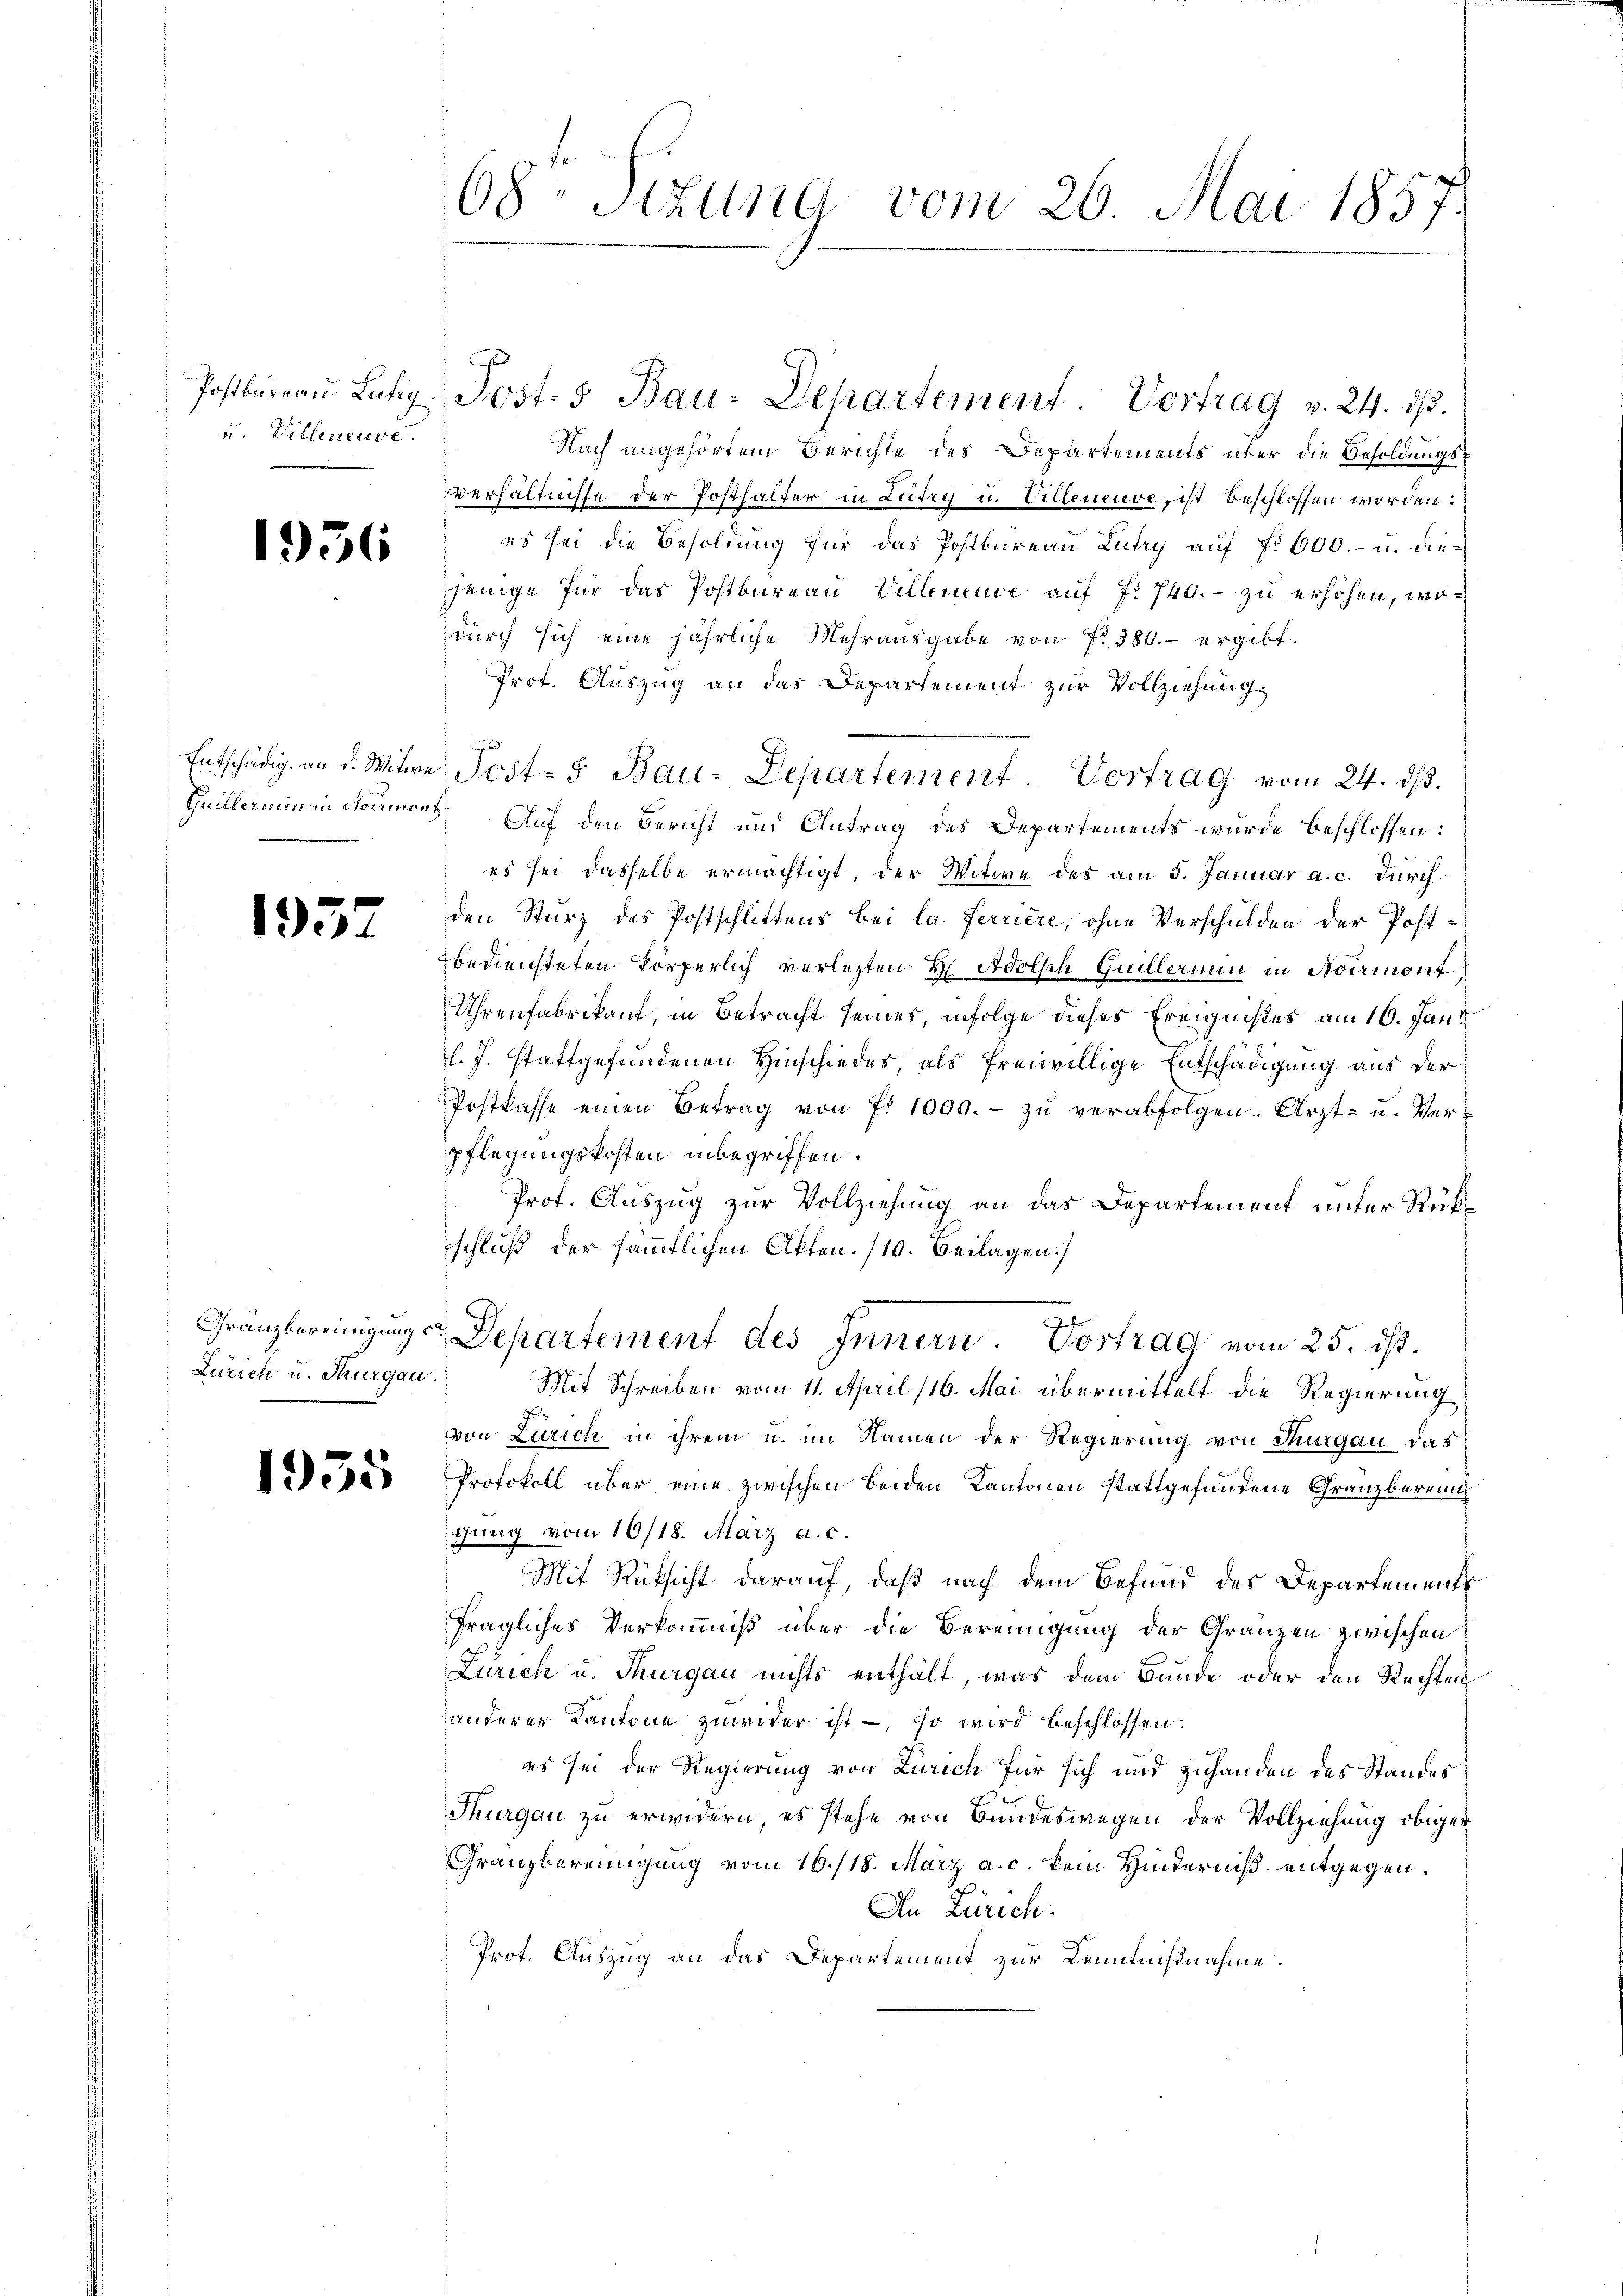
Postbureau Lütig.
u. Villeneuve

1936

Entschädig an d. Witwe
Guillermin in Normen

13.

Granzbereinigung
Zürich u. Thurgau.

1935

68 Stzung vom 26. Mai 1857.

Nach angehörtem Berichte des Departements über die Besoldungs
Verhältnisse der Posthalter in Lutry u. Villeneuve, ist beschlossen worden:
es sei die Besoldung für das Postbureau Lutry auf No 600.- u. diejenige für das Postbureau Villeneuve auf 7. 740. - zu erhöhen, wodurch sich eine jährliche Mehrausgabe von fr. 380. ergibt.
Prof. Auszug an das Departement zur Vollziehung
.Auf den Bericht und Antrag des Departements wurde beschlossen:
es sei dasselbe ermächtigt, der Witwe des am 5. Januar a. c. durch
den Sturz des Postschlittens bei la ferriere, ohne Verschulden der Postbezeichteten körperlich verletzten H Adolsch Guillarium in Normont
Uhrenfabrikant, in Betracht seines infolge dieses Ereignißes am 16. Jani
l. J. stattgefundenen Hinschiedes als freiwillige Entschädigung aus der
Postkasse einen Betrag von f. 1000.- zu verabfolgen. Arzt- u. Verpflegungskosten inbegriffen.
Prof. Auszug zur Vollziehung an das Departement unter Rükschluß der sämmtlichen Akten. /10. Beilagen.]
Departement des Innern. Vortrag vom 25. ds.
Mit Schreiben vom 11. April 116. Mai übermittelt die Regierung
von Zürich in ihrem u. im Namen der Regierung von Thurgau das
Protokoll über eine zwischen beiden Kantonen stattgefundene Granzberein
igung vom 10/18. März a. c.
Mit Rücksicht darauf, daß nach dem Befund des Departements
fragliches Verkommniß über die Bereinigung der Gränzen zwischen
Zürich u. Thurgau nichts enthält, was dem Bunde oder den Rechten
anderer Kantone zuwider ist -, so wird beschlossen:
es sei der Regierung von Zürich für sich und zuhanden des Standes
Thurgau zu erwidern, es stehe von Bundeswegen der Vollziehung obiger
Granzbereinigung vom 16./18. März a. c. kein Hinderniß entgegen.
An Zürich.
Prot. Auszug an das Departement zur Kenntnißnahme.

Post. 3 Bau-Departement Vortrag v. 24. ds.

Post- 5 Bau-Departement. Vortrag vom 24. ds.